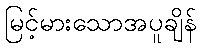
မြင့်မားသောအပူချိန်